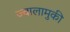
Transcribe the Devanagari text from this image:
ज्वालामुकी